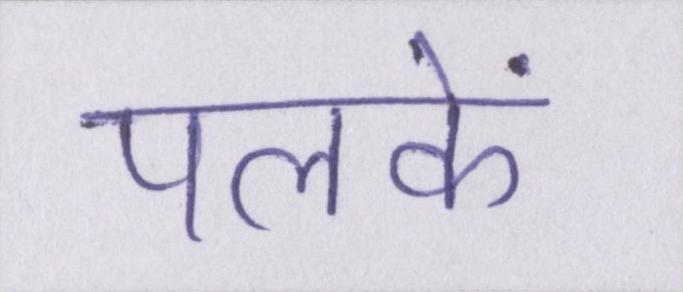
पलकें